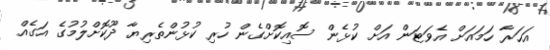
އަހަރާ ހަމައަށް އެވަޓަން އަށް ކުޅެން ސޮއިކޮށްގެން ހުރި ކުޅުންތެރިޔާ ދޫކޮށްލުމުގެ އަގެއް